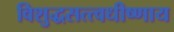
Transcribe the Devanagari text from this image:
विशुद्धसत्त्वधीष्णाय